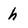
Character: h